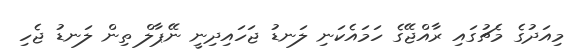
މިއަދުގެ މެޗުގައި ރާއްޖޭގެ ހަމައެކަނި ލަނޑު ޖަހައިދިނީ ނޭޕާލް ތިން ލަނޑު ޖެހި